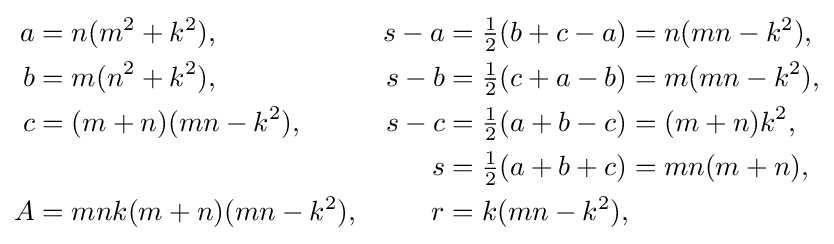
{\begin{aligned}a&=n(m^{2}+k^{2}),&s-a&={\tfrac {1}{2}}(b+c-a)=n(mn-k^{2}),\\b&=m(n^{2}+k^{2}),&s-b&={\tfrac {1}{2}}(c+a-b)=m(mn-k^{2}),\\c&=(m+n)(mn-k^{2}),&s-c&={\tfrac {1}{2}}(a+b-c)=(m+n)k^{2},\\&&s&={\tfrac {1}{2}}(a+b+c)=mn(m+n),\\A&=mnk(m+n)(mn-k^{2}),&r&=k(mn-k^{2}),\\\end{aligned}}